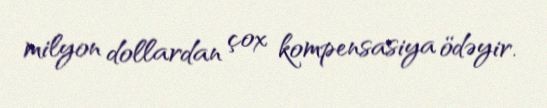
milyon dollardan çox kompensasiya ödəyir.